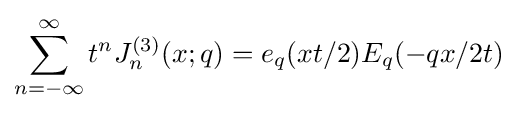
\sum _{n=-\infty }^{\infty }t^{n}J_{n}^{(3)}(x;q)=e_{q}(xt/2)E_{q}(-qx/2t)